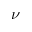
\nu